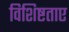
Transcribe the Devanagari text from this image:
विशिष्टताए